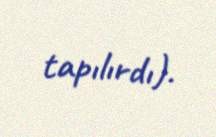
tapılırdı).